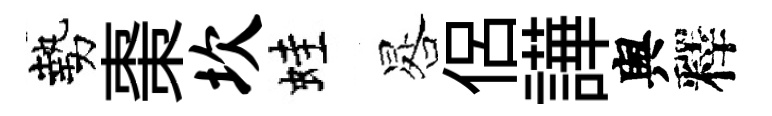
勢棗坎蛙晷侶譁舆釋